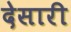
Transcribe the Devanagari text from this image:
देसारी